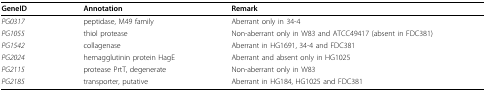
| GeneID | Annotation | Remark |
 | --- | --- | --- |
 | PG0317 | peptidase, M49 family | Aberrant only in 34-4 |
 | PG1055 | thiol protease | Non-aberrant only in W83 and ATCC49417 (absent in FDC381) |
 | PG1542 | collagenase | Aberrant in HG1691, 34-4 and FDC381 |
 | PG2024 | hemagglutinin protein HagE | Aberrant and absent only in HG1025 |
 | PG2115 | protease PrtT, degenerate | Non-aberrant only in W83 |
 | PG2185 | transporter, putative | Aberrant in HG184, HG1025 and FDC381 |